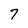
Character: 7